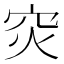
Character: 𬔇